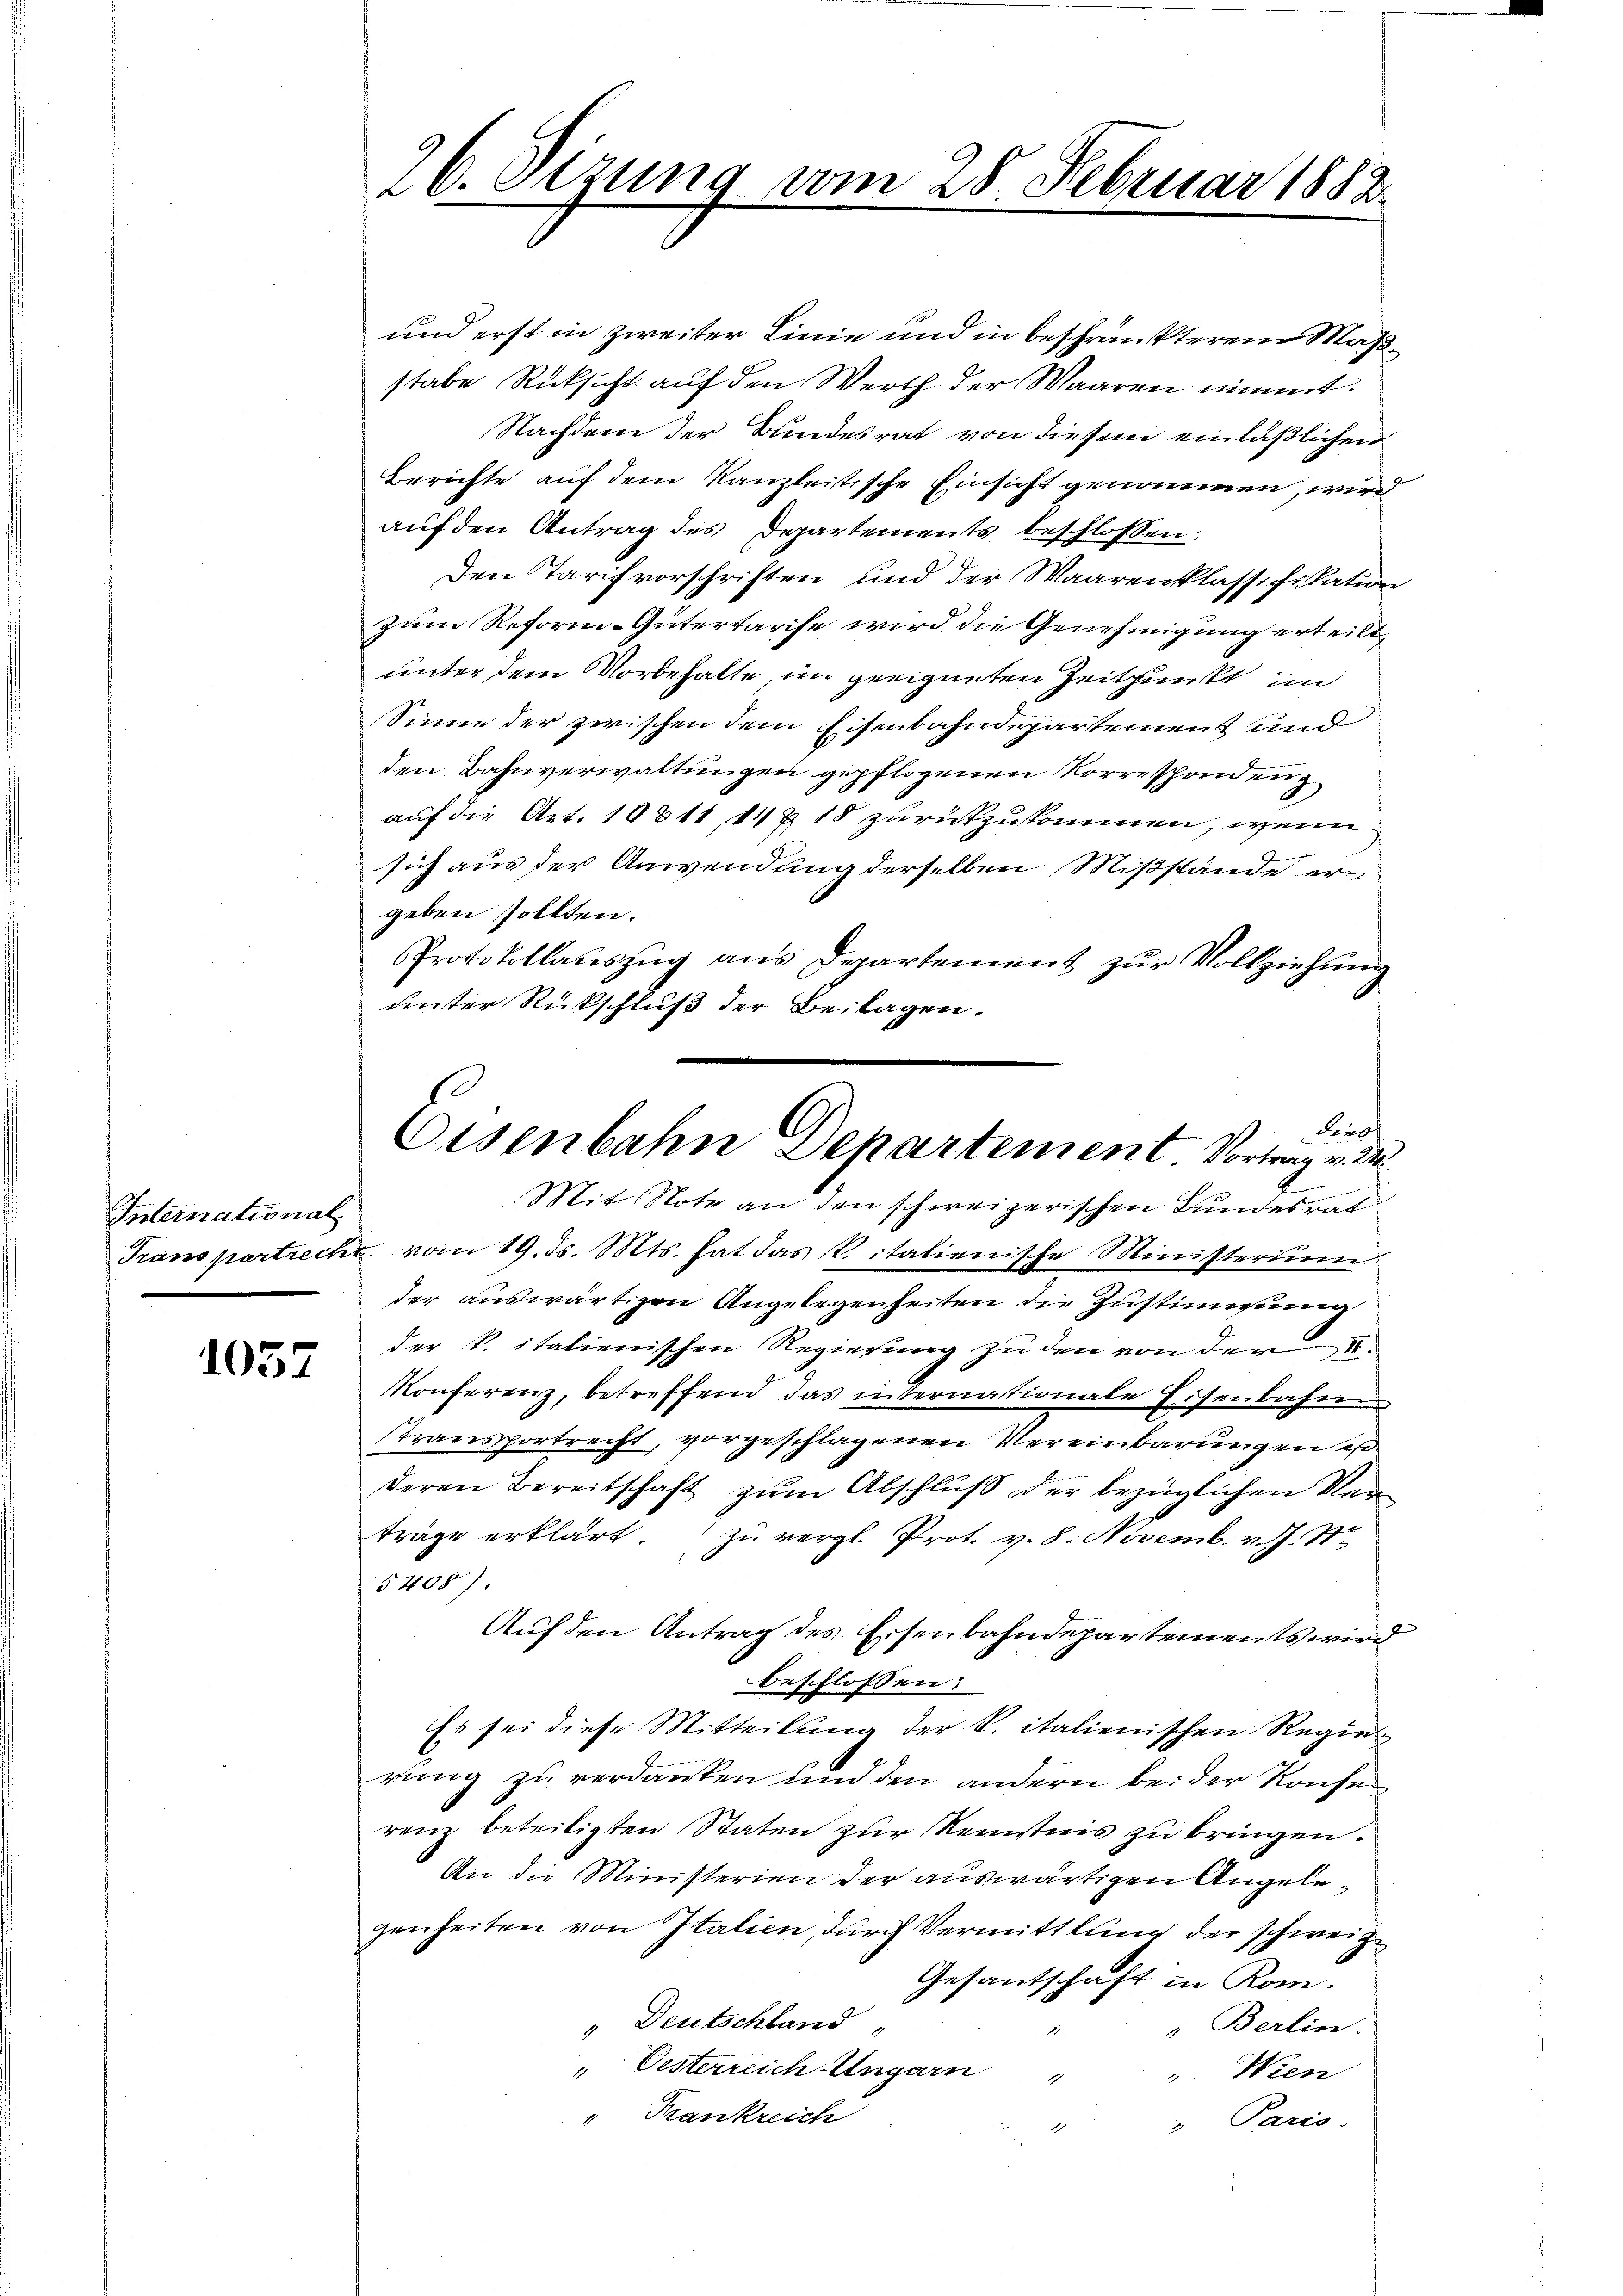
International

1057

26. Sitzung vom 28. Februar 1882.

und erst in zweiter Linie und in beschränkterem Maßstabe Rücksicht auf den Werth der Waaren nimmt.
Nachdem der Bundesrat von diesem einläßlichen
Berichte auf dem Kanzleitische Einsicht genommen, wird
aŭf den Antrag des Departements beschlossen:
Den Tarifvorschriften und der Waarenklassifikation
zum Reform-Gütertarife wird die Genehmigung erteilt,
unter dem Vorbehalte, im geeigneten Zeitpunkt in
Sinne der zwischen dem Eisenbahndepartement und
den Bahnverwaltungen gepflogenen Vorreschondenz
auf die Art. 10811, 14 § 18 zurückzukommen, wenn
sich aus der Anwendung derselben Mißstände ergeben sollten.
Protokollauszug aus Departement zur Vollziehung
unter Rückschluß der Beilagen.
Mit Note an den schweizerischen Bundesrat
Transpartreche vom 19. ds. Mts. hat das Vitalienische Ministerium
der auswärtigen Angelegenheiten die Zustimmung
der k. italienischen Regierung zu den von der S.
Konferenz, betreffend das internationale Eisenbahn
stransportrecht, vorgeschlagenen Vereinbarungen ist
deren Bereitschaft zum Abschluß der bezüglichen Verträge erklärt. zu vergl. Prot. v. 8. Novemb. v. J. N
5408).
Auf den Antrag des Eisenbahndepartements wird
beschlossen:
Es sei diese Mitteilung der K. italienischen Regier
rung zu verdanken und den andern bei der Konsen
renz beteiligten Staten zur Kenntnis zu bringen.
An die Ministerien der auswärtigen Angelegenheiten von Italien, durch Vermittlung der schweize
Gesantschaft in Rom.
 Deutschland
; Berlin.
" Oesterreich Ungarn "
Wien
" Frankreich
" Paris.
r

dies
Oisenbahn Departement Vortrag v. M.